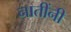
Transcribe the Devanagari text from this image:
नातींनी